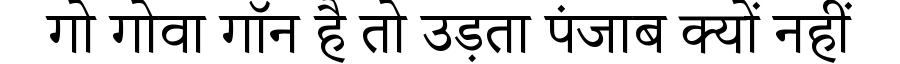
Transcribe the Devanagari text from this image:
गो गोवा गॉन है तो उड़ता पंजाब क्यों नहीं